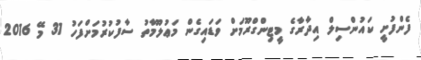
ފެންފުށީ ކައުންސިލް އިދާރާގެ މީޓިންގްރޫމަށް ވަޑައިގެން މަޢުލޫމާތު ސާފުކުރުމަށްފަހު 31 މޭ 2016